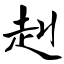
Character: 赳